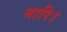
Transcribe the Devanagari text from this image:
नारि।